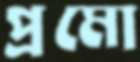
প্রমো